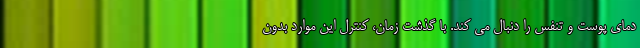
دمای پوست و تنفس را دنبال می کند. با گذشت زمان، کنترل این موارد بدون